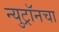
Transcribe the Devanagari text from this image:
न्युट्रॉनचा